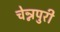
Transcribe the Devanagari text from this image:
चेन्नपुरी